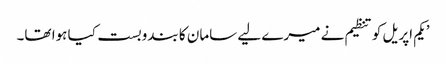
’یکم اپریل کو تنظیم نے میرے لیے سامان کا بندوبست کیا ہوا تھا۔